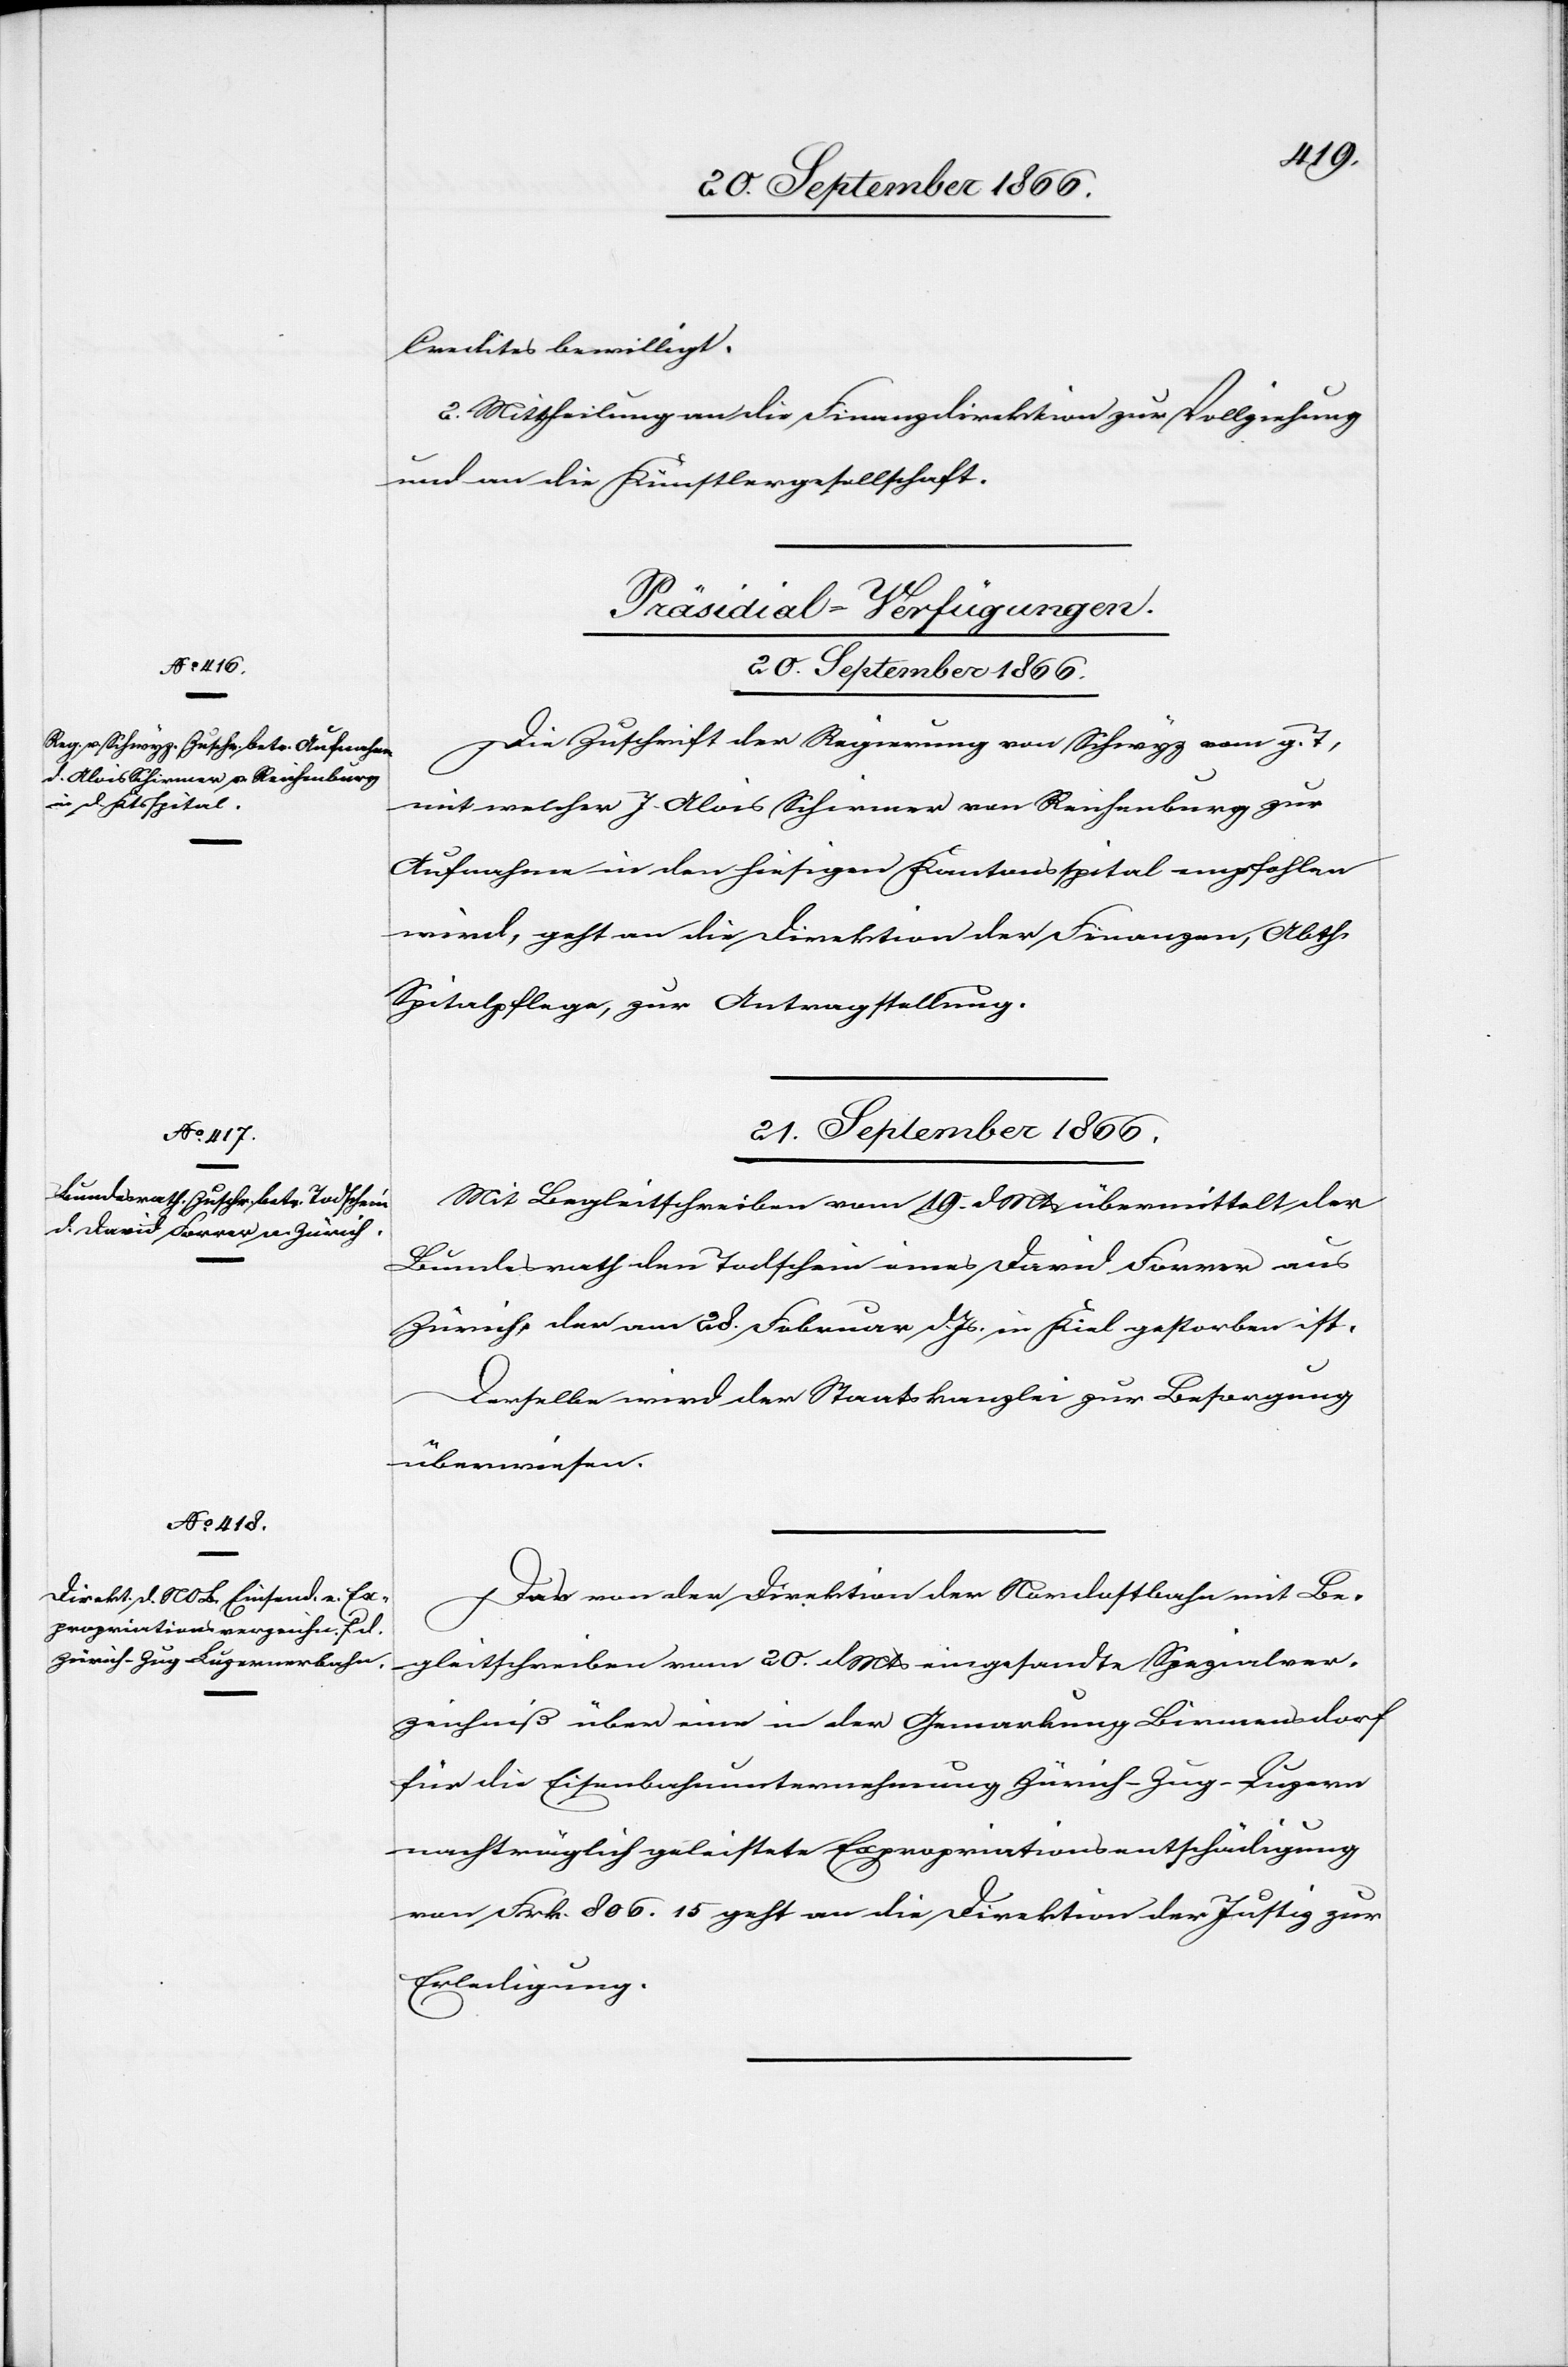
Credits bewilligt.
2 Mittheilung an die Finanzdirektion zur Vollziehung
und an die Künstlergesellschaft.
[Präsidial-Verfügungen.
20. September 1866.
Die Zuschrift der Regierung von Schwyz vom g. T.,
mit welcher J. Alois Schirmer von Reichenburg zur
Aufnahme in den hiesigen Kantonsspital empfohlen
wird, geht an die Direktion der Finanzen, Abth.
Spitalpflege, zur Antragstellung.
21. September 1866.]
Mit Begleitschreiben vom 19. dMts. übermittelt der
Bundesrath den Todschein eines David Forrer aus
Zürich, der am 28. Februar dJs. in Kiel gestorben ist.
Derselbe wird der Staatskanzlei zur Besorgung
überwiesen.
Das von der Direktion der Nordostbahn mit Be¬
gleitschreiben vom 20. dMts eingesandte Spezialver¬
zeichniß über eine in der Gemarkung Birmensdorf
für die Eisenbahnunternehmung Zürich–Zug–Luzern
nachträglich geleistete Expropriationsentschädigung
von Frk. 806.15 geht an die Direktion der Justiz zur
Erledigung.